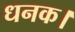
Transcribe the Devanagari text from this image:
धनक।